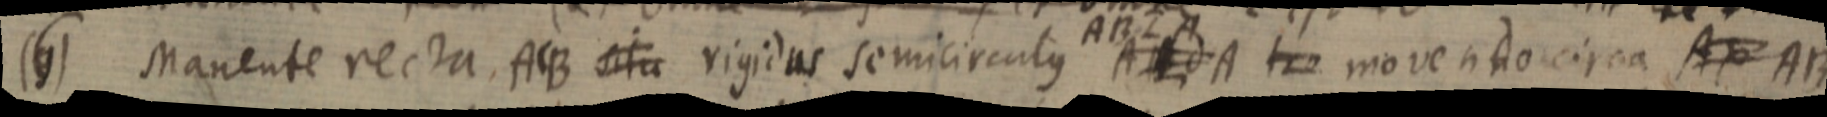
(6) Manente recta ACB situ rigidus semicirculus A _ d A _ movendo circa AX AB